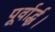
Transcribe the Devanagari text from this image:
पूर्वार्द्ध।